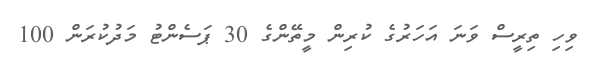
ވިހި ތިރީސް ވަނަ އަހަރުގެ ކުރިން މީތޭންގެ 30 ޕަސެންޓު މަދުކުރަން 100